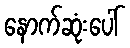
နောက်ဆုံးပေါ်